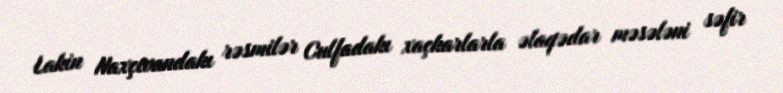
Lakin Naxçıvandakı rəsmilər Culfadakı xaçkarlarla əlaqədar məsələni səfir